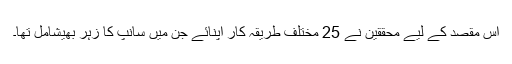
اس مقصد کے لیے محققین نے 25 مختلف طریقہ کار اپنائے جن میں سانپ کا زہر بھیشامل تھا۔